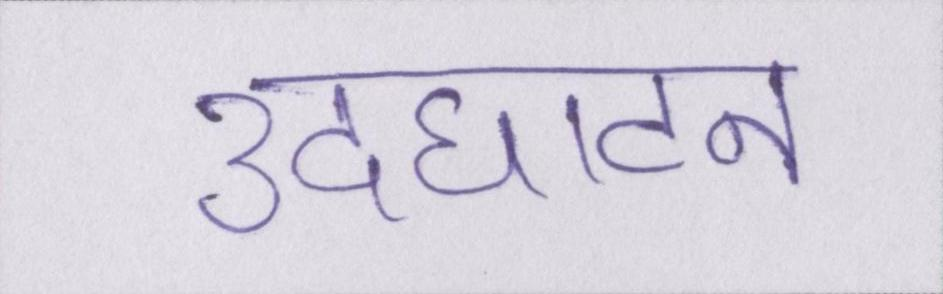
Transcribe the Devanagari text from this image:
उदघाटन